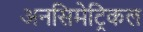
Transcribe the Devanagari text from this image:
अनसिमेट्रिकल